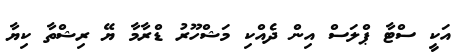
އަކީ ސްޓާ ޕްލަސް އިން ދެއްކި މަޝްހޫރު ޑްރާމާ ޔޭ ރިޝްތާ ކިޔާ